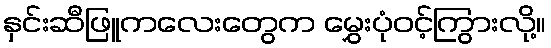
နှင်းဆီဖြူကလေးတွေက မွှေးပုံဝင့်ကြွားလို့။